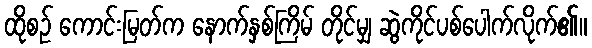
ထိုစဉ် ကောင်းမြတ်က နောက်နှစ်ကြိမ် တိုင်မျှ ဆွဲကိုင်ပစ်ပေါက်လိုက်၏။